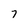
Character: 7